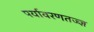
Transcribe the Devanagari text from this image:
पर्यावरणतज्ज्ञ